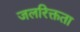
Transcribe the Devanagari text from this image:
जलरिक्तता